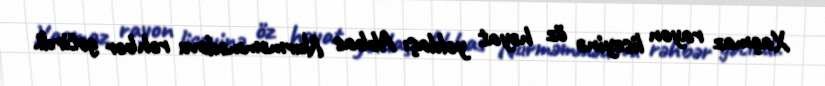
Xaçmaz rayon liseyinə öz həyat yoldaşı Abbas Nurməmmədovu rəhbər gətirdi.